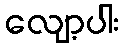
လျော့ပါး